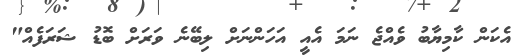
އެކަން ކާމިޔާބު ވެއްޖެ ނަމަ އެއީ އަހަންނަށް ލިބޭނެ ވަރަށް ބޮޑު ޝަރަފެއް"